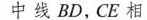
中线 BD，CE 相